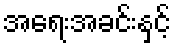
အရေးအခင်းနှင့်